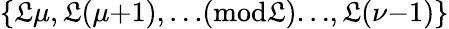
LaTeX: \{ \mathfrak{L}\mu,\mathfrak{L}(\mu{+}1),{\ldots}(\textrm{{mod}}\mathfrak{L}){\ldots},\mathfrak{L}(\nu{-}1)\}